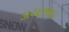
ડાયાભાઇ